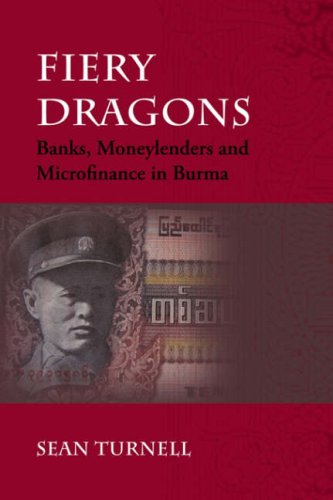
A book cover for Fiery Dragons: Banks, Moneylenders and Microfinance in Burma (Nias- Nordic Institiute of Asian Studies Monographs); Sean Turnell; Business & Money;